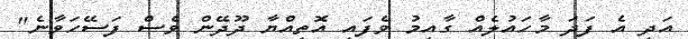
އަދި އެ ފަދަ މާހައުލެއް ގާއިމު ވެފައި އޮތިއްޔާ ދޫދޭން ވެސް ފަސޭހަވާނެ"